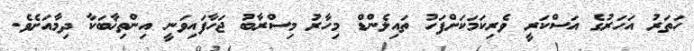
ހަތަރު އަހަރުގެ އަސްކަރީ ވެރިކަމަކަށްފަހު ތައިލެންޑް މިހާރު މިސްރާބު ޖަހާފައިވަނީ އިންތިޚާބަކާ ދިމާއަށެވެ.